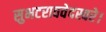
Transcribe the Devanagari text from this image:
सुभटराववेदस्वरे।